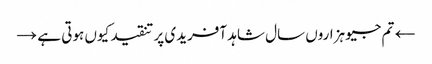
← تم جیو ہزاروں سال	شاہد آفریدی پر تنقید کیوں ہوتی ہے →